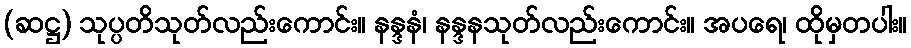
(ဆဋ္ဌ) သုပ္ပတိသုတ်လည်းကောင်း။ နန္ဒနံ၊ နန္ဒနသုတ်လည်းကောင်း။ အပရေ၊ ထိုမှတပါး။